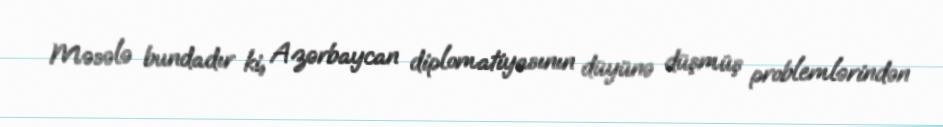
Məsələ bundadır ki, Azərbaycan diplomatiyasının düyünə düşmüş problemlərindən